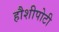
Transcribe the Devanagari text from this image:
हौशीपोटी